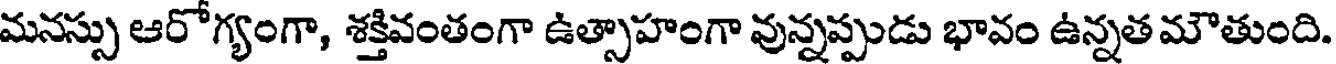
మనస్సు ఆరోగ్యంగా, శక్తివంతంగా ఉత్సాహంగా వున్నప్పుడు భావం ఉన్నత మౌతుంది.